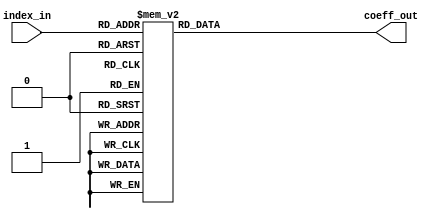
module coeffs31(
  input  [4:0] index_in,
  output wire  [9:0] coeff_out);
  reg  [9:0] coeff;
  assign coeff_out = coeff;
  // tools will turn this into a 31x10 ROM
  always begin
    case (index_in)
      5'd0:  coeff = -10'sd1;
      5'd1:  coeff = -10'sd1;
      5'd2:  coeff = -10'sd3;
      5'd3:  coeff = -10'sd5;
      5'd4:  coeff = -10'sd6;
      5'd5:  coeff = -10'sd7;
      5'd6:  coeff = -10'sd5;
      5'd7:  coeff = 10'sd0;
      5'd8:  coeff = 10'sd10;
      5'd9:  coeff = 10'sd26;
      5'd10: coeff = 10'sd46;
      5'd11: coeff = 10'sd69;
      5'd12: coeff = 10'sd91;
      5'd13: coeff = 10'sd110;
      5'd14: coeff = 10'sd123;
      5'd15: coeff = 10'sd128;
      5'd16: coeff = 10'sd123;
      5'd17: coeff = 10'sd110;
      5'd18: coeff = 10'sd91;
      5'd19: coeff = 10'sd69;
      5'd20: coeff = 10'sd46;
      5'd21: coeff = 10'sd26;
      5'd22: coeff = 10'sd10;
      5'd23: coeff = 10'sd0;
      5'd24: coeff = -10'sd5;
      5'd25: coeff = -10'sd7;
      5'd26: coeff = -10'sd6;
      5'd27: coeff = -10'sd5;
      5'd28: coeff = -10'sd3;
      5'd29: coeff = -10'sd1;
      5'd30: coeff = -10'sd1;
      default: coeff = 10'hXXX;
    endcase
  end
endmodule